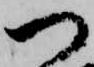
つ